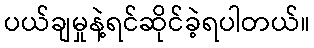
ပယ်ချမှုနဲ့ရင်ဆိုင်ခဲ့ရပါတယ်။